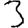
Digit: 3